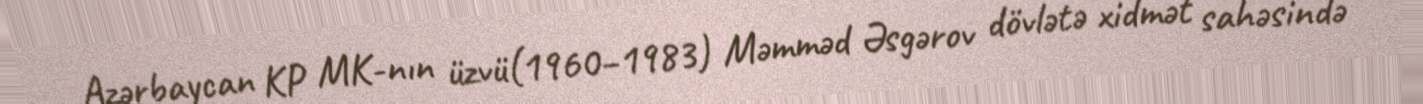
Azərbaycan KP MK-nın üzvü(1960–1983) Məmməd Əsgərov dövlətə xidmət sahəsində